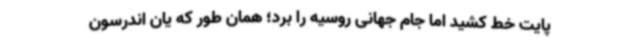
پایت خط کشید اما جام‌ جهانی روسیه را برد؛ همان طور که یان اندرسون